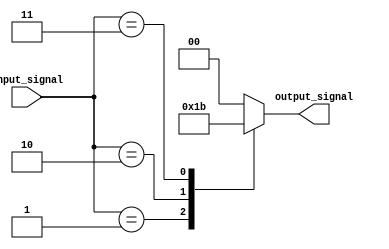
module simple_case(
    input wire [2:0] input_signal,
    output reg [1:0] output_signal
);

always @(*)
begin
    case(input_signal)
        3'b000: output_signal = 2'b00;
        3'b001: output_signal = 2'b01;
        3'b010: output_signal = 2'b10;
        3'b011: output_signal = 2'b11;
        default: output_signal = 2'b00;
    endcase
end

endmodule